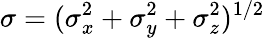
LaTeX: \sigma=(\sigma_{x}^{2}+\sigma_{y}^{2}+\sigma_{z}^{2})^{1/2}